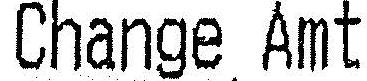
CHANGE AMT